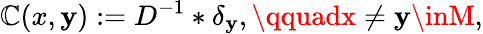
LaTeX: \mathbb{C}(x,\mathbf{y}):=D^{-1}*\delta_{\mathbf{y}},\qquadx\neq\mathbf{y}\inM,